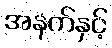
အနက်နှင့်